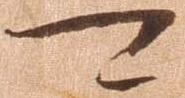
可